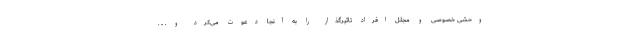
وحشی خصوصی و مجلل افراد تاثیرگذار را به آنجا دعوت می‌کرد و . .. .